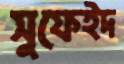
সুফেইদ